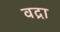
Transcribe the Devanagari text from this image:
वद्रा